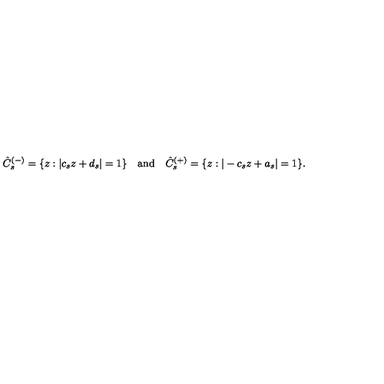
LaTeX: \hat { C } _ { s } ^ { ( - ) } = \{ z : | c _ { s } z + d _ { s } | = 1 \} \quad \mathrm { a n d } \quad \hat { C } _ { s } ^ { ( + ) } = \{ z : | - c _ { s } z + a _ { s } | = 1 \} .